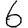
Digit: 6